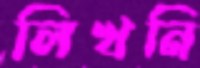
লিখনি